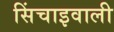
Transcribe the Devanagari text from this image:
सिंचाइवाली